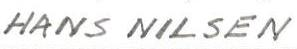
HANS NILSEN